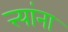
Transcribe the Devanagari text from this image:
त्त्यांना